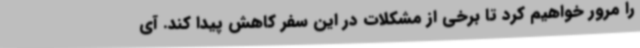
را مرور خواهیم کرد تا برخی از مشکلات در این سفر کاهش پیدا کند. آی